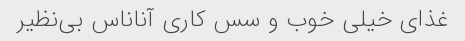
غذای خیلی خوب و سس کاری آناناس بی‌نظیر